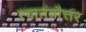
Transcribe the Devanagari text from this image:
स्वातंत्रौत्तर